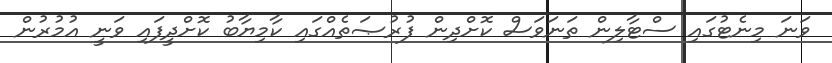
ވަނަ މިނެޓުގައި ސްޓާލިން ތަނަވަސް ކޮށްދިން ފުރުޞަތެއްގައި ކާމިޔާބު ކޮށްދީފައި ވަނީ އުމުރުން